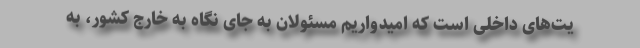
یت‌های داخلی است که امیدواریم مسئولان به جای نگاه به خارج کشور، به